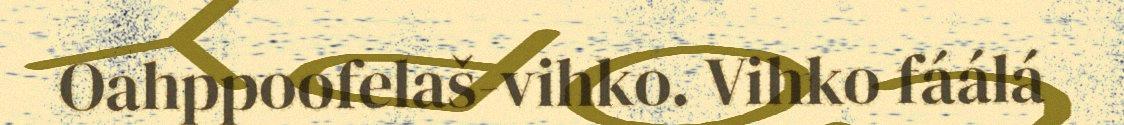
Oahppoofelaš-vihko. Vihko fáálá